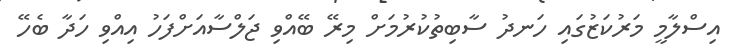
އިސްލާމީ މަރުކަޒުގައި ހަނދު ސާބިތުކުރުމަށް މިރޭ ބޭއްވި ޖަލްސާއަށްފަހު އިއްވި ހަދާ ބެހޭ